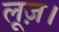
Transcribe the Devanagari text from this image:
लूज़।